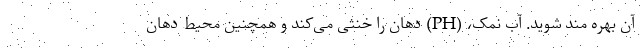
آن بهره مند شوید. آب نمک، (PH) دهان را خنثی می‌کند و همچنین محیط دهان